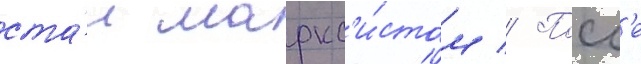
ста́л маркс'и́стом // Посл'е